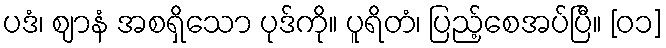
ပဒံ၊ ဈာနံ အစရှိသော ပုဒ်ကို။ ပူရိတံ၊ ပြည့်စေအပ်ပြီ။ [၀၁]